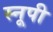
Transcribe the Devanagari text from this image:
स्नूपी